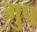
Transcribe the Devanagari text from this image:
गुप